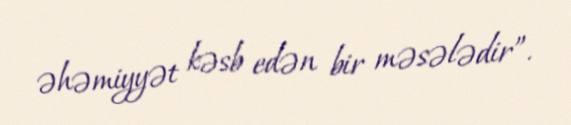
əhəmiyyət kəsb edən bir məsələdir”.